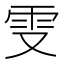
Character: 𠭍